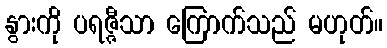
နွားကို ပရဇ္ဇီသာ ကြောက်သည် မဟုတ်။